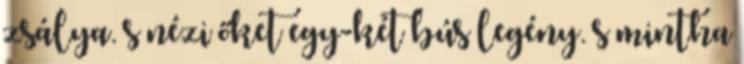
zsálya. s nézi őket egy-két bús legény. s mintha